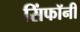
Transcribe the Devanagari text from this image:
सिंफॉनी